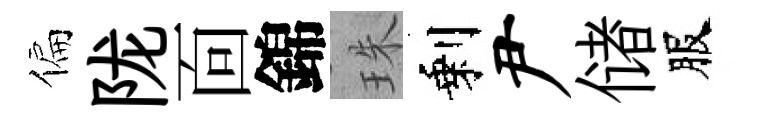
偏陇靣錦珠剩尹储服